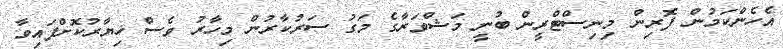
އެހެންކަމުން ފޮރިން މިނިސްޓްރީން ބުނީ މަޝްވަރާގެ މަގު ސަރުކާރުން މިހާރު ވެސް ޚިޔާރުކޮށްފައިވާ